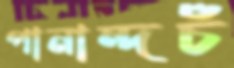
পানান্দচঁ